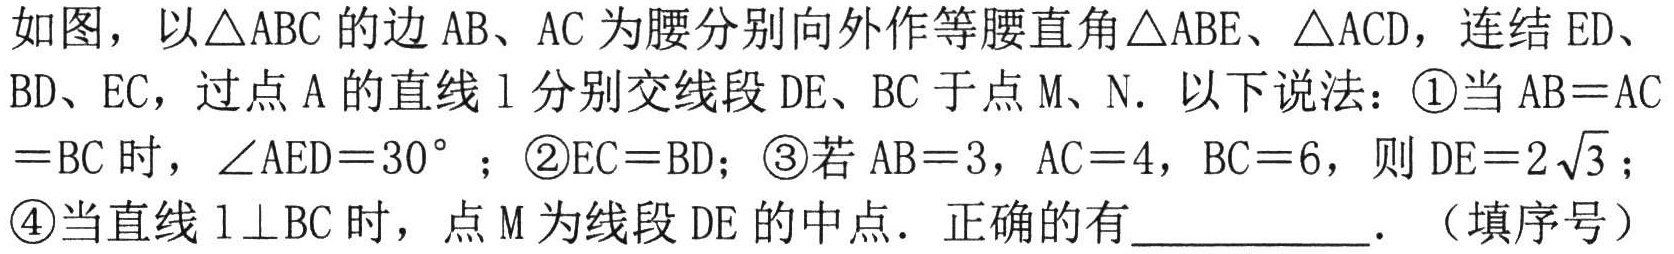
如图，以\(\triangle ABC\)的边\(AB\)、\(AC\)为腰分别向外作等腰直角\(\triangle ABE\)、\(\triangle ACD\)，连结\(ED\)、\(BD\)、\(EC\)，过点\(A\)的直线\(l\)分别交线段\(DE\)、\(BC\)于点\(M\)、\(N\). 以下说法：\textcircled{1}当\(AB = AC=BC\)时，\(\angle AED = 30^{\circ}\)；\textcircled{2}\(EC = BD\)；\textcircled{3}若\(AB = 3\)，\(AC = 4\)，\(BC = 6\)，则\(DE = 2\sqrt{3}\)；\textcircled{4}当直线\(l\perp BC\)时，点\(M\)为线段\(DE\)的中点. 正确的有___________. （填序号）